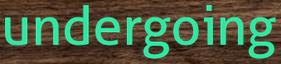
undergoing